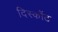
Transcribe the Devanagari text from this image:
दिस्कौंट